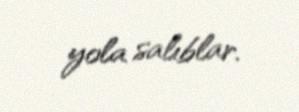
yola salıblar.